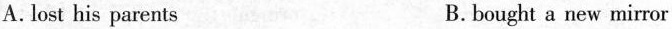
A.lost his parents B.bought a new mirror